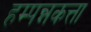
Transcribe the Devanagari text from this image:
हम्पन्नकत्ता